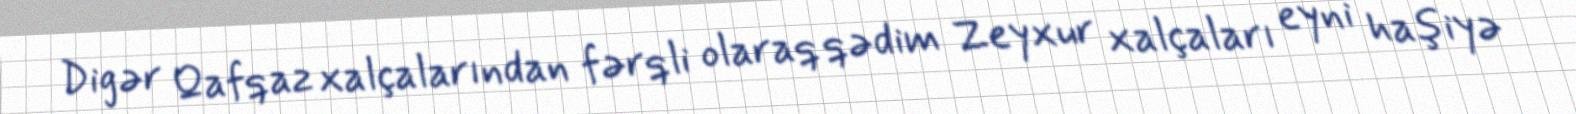
Digər Qafqaz xalçalarından fərqli olaraq qədim Zeyxur xalçaları eyni haşiyə